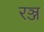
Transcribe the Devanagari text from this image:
रञ्ज